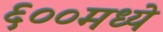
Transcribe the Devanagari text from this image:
६००मध्ये